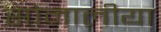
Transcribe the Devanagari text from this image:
सोमालीया